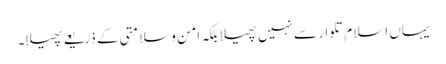
یہاں اسلام تلوار سے نہیں پھیلا بلکہ امن وسلامتی کے ذریعے پھیلا۔